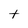
Character: t